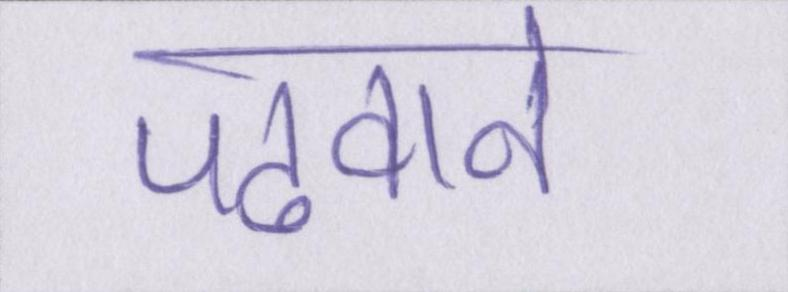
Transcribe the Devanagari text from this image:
पढवाने